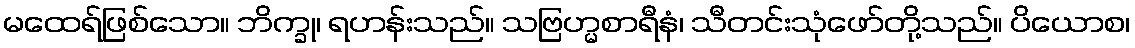
မထေရ်ဖြစ်သော။ ဘိက္ခု၊ ရဟန်းသည်။ သဗြဟ္မစာရီနံ၊ သီတင်းသုံဖော်တို့သည်။ ပိယောစ၊